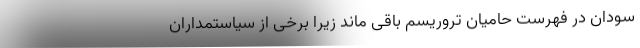
سودان در فهرست حامیان تروریسم باقی ماند زیرا برخی از سیاستمداران